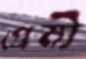
প্রেমী